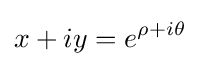
x+iy=e^{\rho +i\theta }